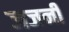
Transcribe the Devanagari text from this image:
जजनी